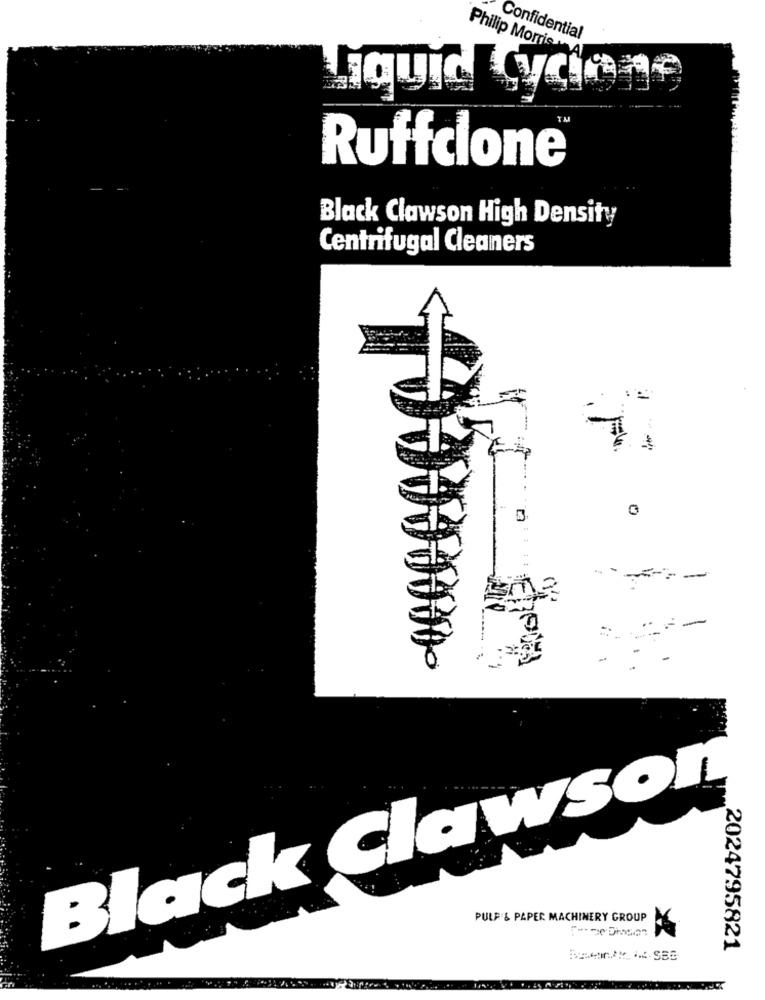
Confidential
Philip Morris A
Liquicklyc
-
Ruffcione®
Black Clawson High Density
Centrifugal Cleaners
0
-=-
-
.
Black Claws
PULP & PAPER MACHINERY GROUP
2024795821